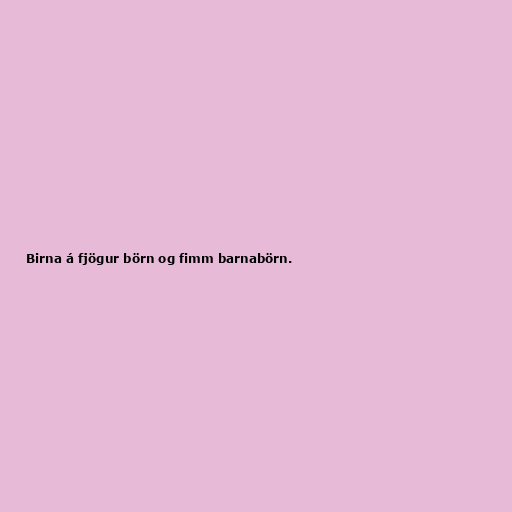
Birna á fjögur börn og fimm barnabörn.